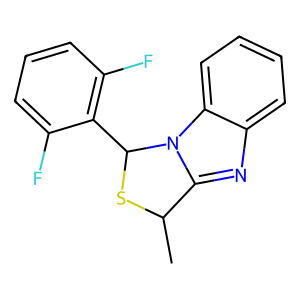
SMILES: CC1SC(c2c(F)cccc2F)n2c1nc1ccccc12
Inhibits HIV replication: Yes